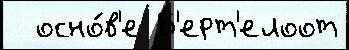
  осно́в'е Б'ерт'елоот